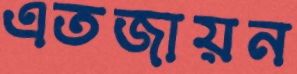
এতজায়ন